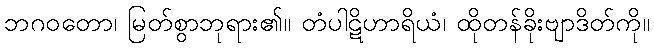
ဘဂဝတော၊ မြတ်စွာဘုရား၏။ တံပါဋိဟာရိယံ၊ ထိုတန်ခိုးဗျာဒိတ်ကို။